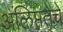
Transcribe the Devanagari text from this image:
अलिप्ततेचे